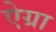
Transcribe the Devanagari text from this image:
ऐग्रा